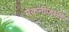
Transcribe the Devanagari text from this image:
मेकनीज़म्स